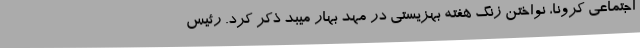
اجتماعی کرونا، نواختن زنگ هفته بهزیستی در مهد بهار میبد ذکر کرد. رئیس